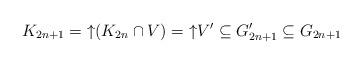
LaTeX: \begin{align*} K_{2n+1}={\uparrow}(K_{2n}\cap V)={\uparrow} V'\subseteq G'_{2n+1}\subseteq G_{2n+1} \end{align*}